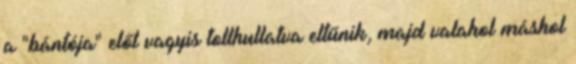
a "bántója" elől vagyis tollhullatva eltűnik, majd valahol máshol